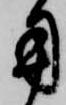
用